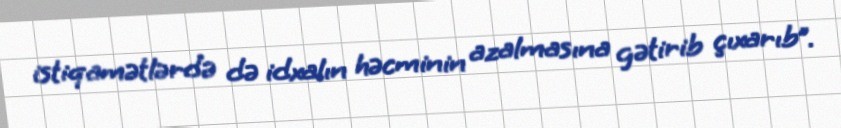
istiqamətlərdə də idxalın həcminin azalmasına gətirib çıxarıb”.